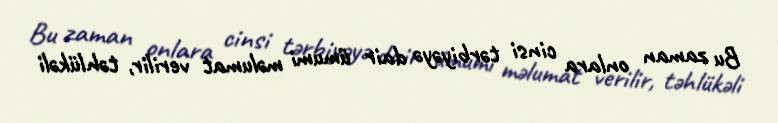
Bu zaman onlara cinsi tərbiyəyə dair ümumi məlumat verilir, təhlükəli